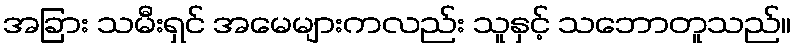
အခြား သမီးရှင် အမေများကလည်း သူနှင့် သဘောတူသည်။